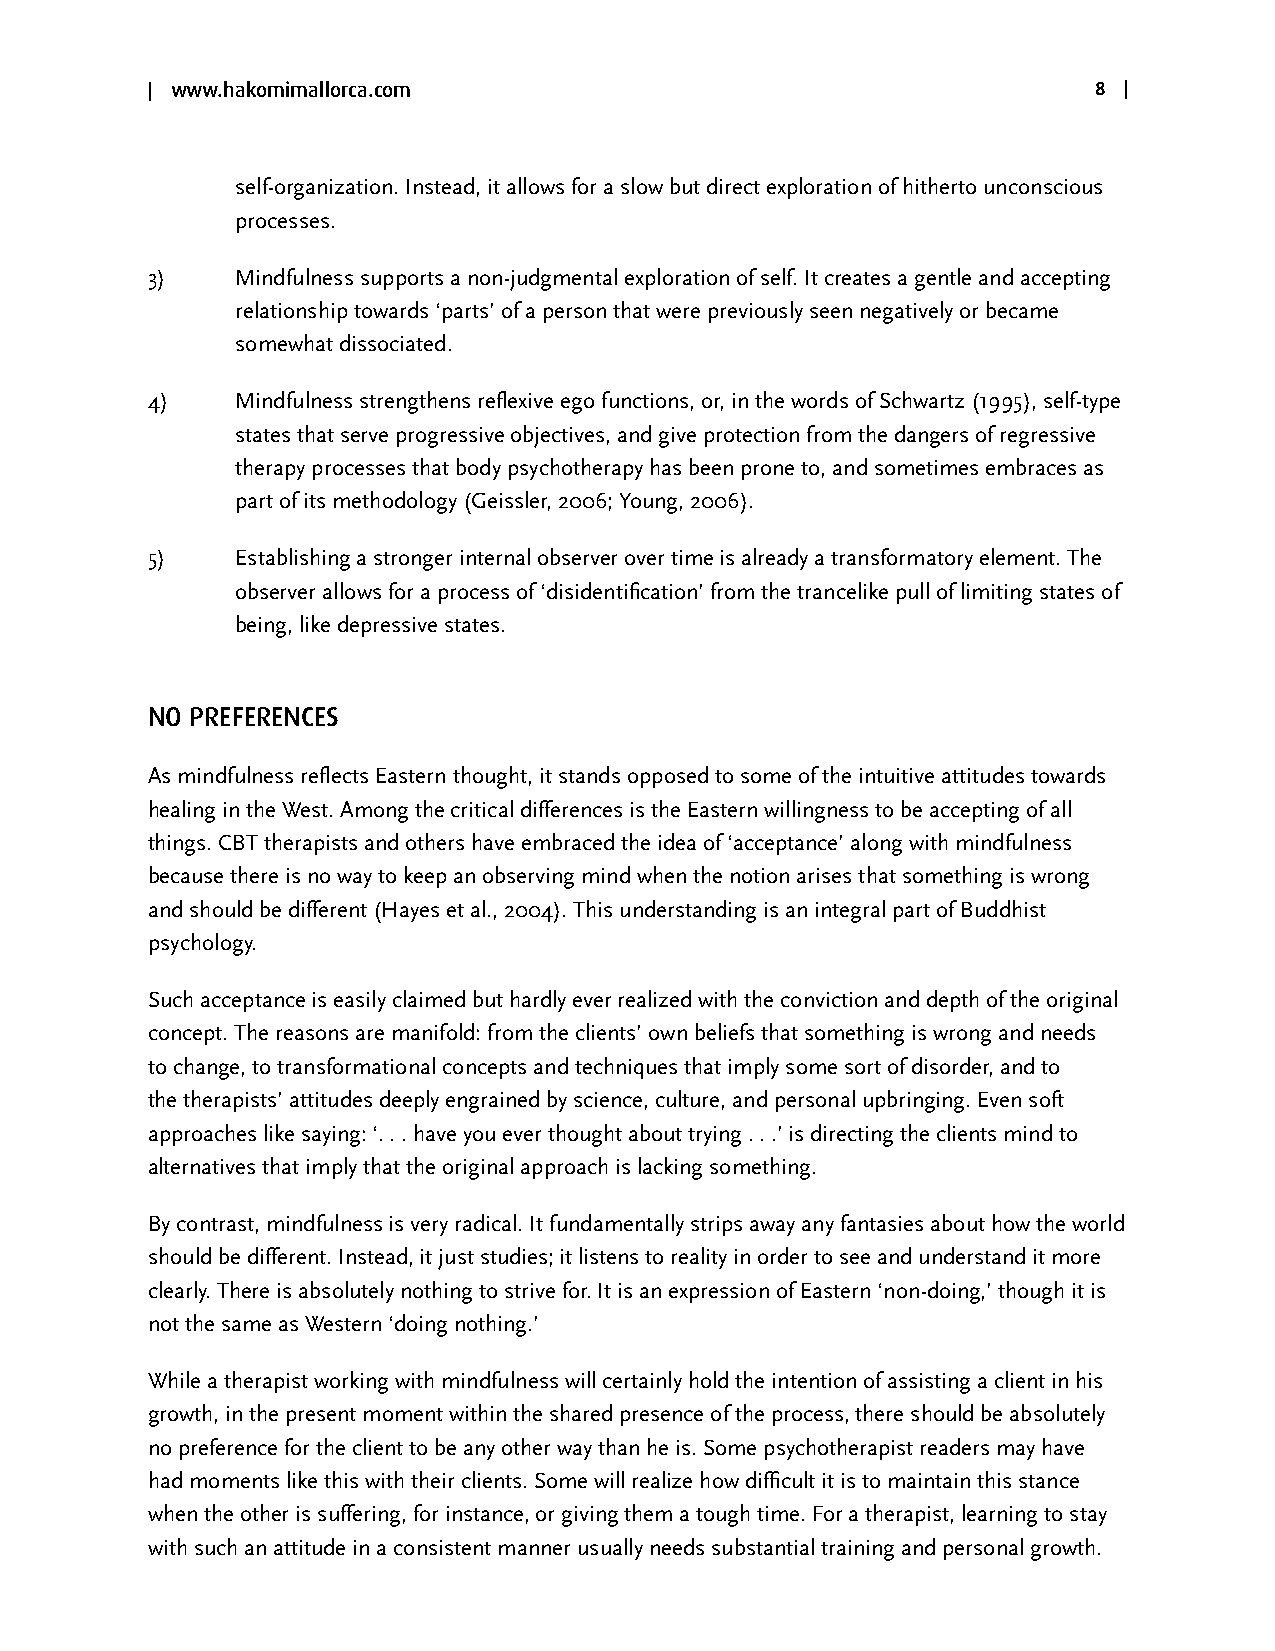
| www.hakomimallorca.com                                      8 |
 self-organization. Instead, it allows for a slow but direct exploration of hitherto unconscious
 processes.
 3)    Mindfulness supports a non-judgmental exploration of self. It creates a gentle and accepting
 relationship towards ‘parts’ of a person that were previously seen negatively or became
 somewhat dissociated.
 4)    Mindfulness strengthens reflexive ego functions, or, in the words of Schwartz (1995), self-type
 states that serve progressive objectives, and give protection from the dangers of regressive
 therapy processes that body psychotherapy has been prone to, and sometimes embraces as
 part of its methodology (Geissler, 2006; Young, 2006).
 5)    Establishing a stronger internal observer over time is already a transformatory element. The
 observer allows for a process of ‘disidentification’ from the trancelike pull of limiting states of
 being, like depressive states.
 no preferences
 As mindfulness reflects Eastern thought, it stands opposed to some of the intuitive attitudes towards
 healing in the West. Among the critical differences is the Eastern willingness to be accepting of all
 things. CBT therapists and others have embraced the idea of ‘acceptance’ along with mindfulness
 because there is no way to keep an observing mind when the notion arises that something is wrong
 and should be different (Hayes et al., 2004). This understanding is an integral part of Buddhist
 psychology.
 Such acceptance is easily claimed but hardly ever realized with the conviction and depth of the original
 concept. The reasons are manifold: from the clients’ own beliefs that something is wrong and needs
 to change, to transformational concepts and techniques that imply some sort of disorder, and to
 the therapists’ attitudes deeply engrained by science, culture, and personal upbringing. Even soft
 approaches like saying: ‘. . . have you ever thought about trying . . .’ is directing the clients mind to
 alternatives that imply that the original approach is lacking something.
 By contrast, mindfulness is very radical. It fundamentally strips away any fantasies about how the world
 should be different. Instead, it just studies; it listens to reality in order to see and understand it more
 clearly. There is absolutely nothing to strive for. It is an expression of Eastern ‘non-doing,’ though it is
 not the same as Western ‘doing nothing.’
 While a therapist working with mindfulness will certainly hold the intention of assisting a client in his
 growth, in the present moment within the shared presence of the process, there should be absolutely
 no preference for the client to be any other way than he is. Some psychotherapist readers may have
 had moments like this with their clients. Some will realize how difficult it is to maintain this stance
 when the other is suffering, for instance, or giving them a tough time. For a therapist, learning to stay
 with such an attitude in a consistent manner usually needs substantial training and personal growth.